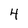
Character: 4